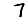
Digit: 7